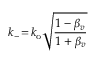
k _ { - } \! = \! k _ { \mathrm { o } } \sqrt { \frac { 1 - \beta _ { v } } { 1 + \beta _ { v } } }